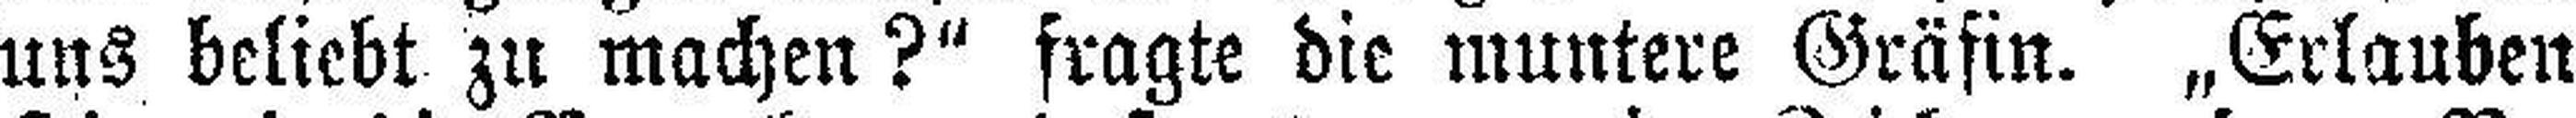
uns beliebt zu machen?" fragte die muntere Gräfin. „Erlauben